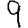
Digit: 9